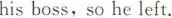
his boss, so he left.